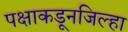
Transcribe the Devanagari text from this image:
पक्षाकडूनजिल्हा